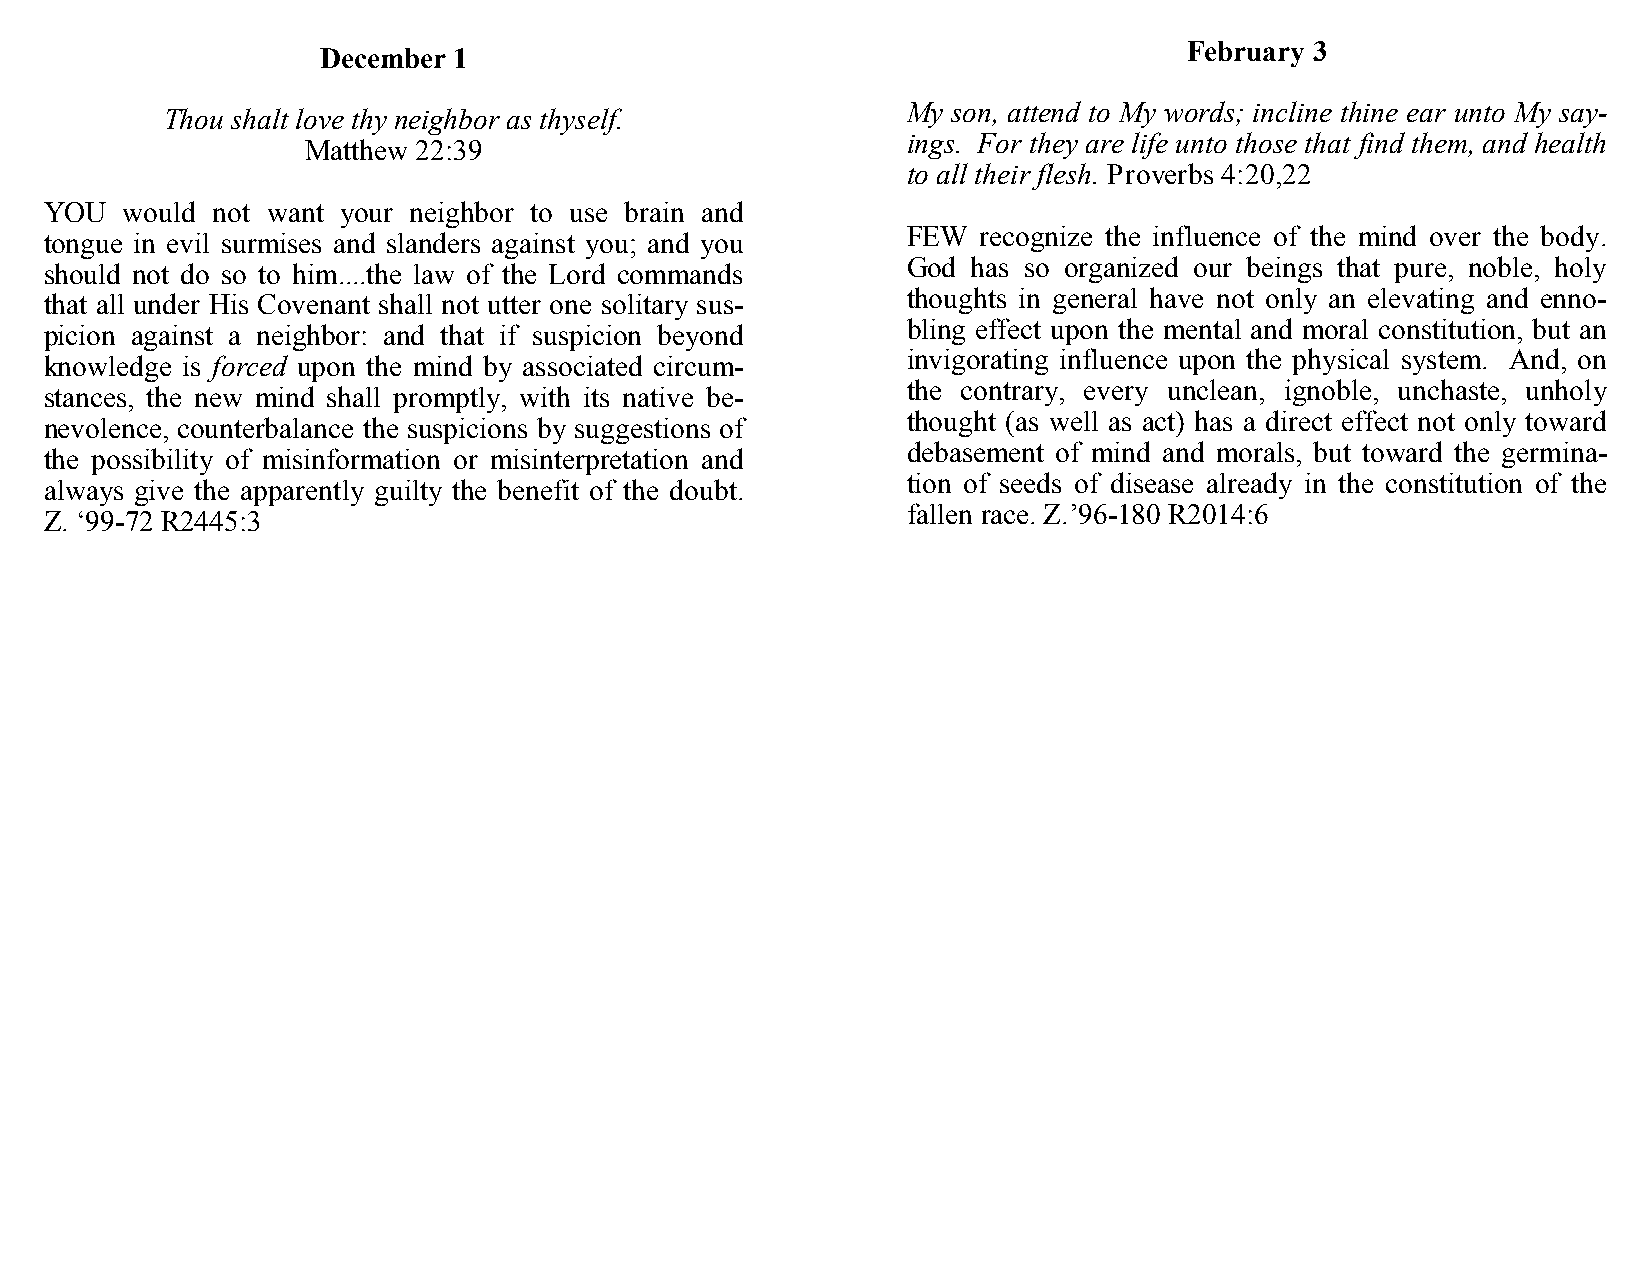
February 3
 December 1
 My son, attend to My words; incline thine ear unto My say-
 Thou shalt love thy neighbor as thyself.
 ings. For they are life unto those that find them, and health
 Matthew 22:39
 to all their flesh. Proverbs 4:20,22
 YOU  would not want your neighbor to use brain and
 FEW  recognize the influence of the mind over the body.
 tongue in evil surmises and slanders against you; and you
 God has so organized our beings that pure, noble, holy
 should not do so to him....the law of the Lord commands
 thoughts in general have not only an elevating and enno-
 that all under His Covenant shall not utter one solitary sus-
 bling effect upon the mental and moral constitution, but an
 picion against a neighbor: and that if suspicion beyond
 invigorating influence upon the physical system. And, on
 knowledge is forced upon the mind by associated circum-
 the contrary, every unclean, ignoble, unchaste, unholy
 stances, the new mind shall promptly, with its native be-
 thought (as well as act) has a direct effect not only toward
 nevolence, counterbalance the suspicions by suggestions of
 debasement of mind and morals, but toward the germina-
 the possibility of misinformation or misinterpretation and
 tion of seeds of disease already in the constitution of the
 always give the apparently guilty the benefit of the doubt.
 fallen race. Z.’96-180 R2014:6
 Z. ‘99-72 R2445:3